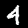
Digit: 4